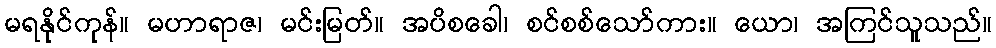
မရနိုင်ကုန်။ မဟာရာဇ၊ မင်းမြတ်။ အပိစခေါ၊ စင်စစ်သော်ကား။ ယော၊ အကြင်သူသည်။